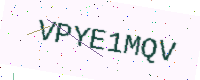
Text: VPYE1MQV